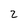
Character: 2